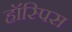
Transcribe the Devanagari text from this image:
हॉस्पिस